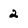
Character: 2